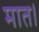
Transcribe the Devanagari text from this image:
मात।